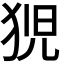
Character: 𭸍